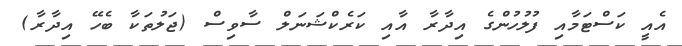
އެއީ ކަސްޓަމާއި ފުލުހުންގެ އިދާރާ އާއި ކަރެކްޝަނަލް ސާވިސް (ޖަލުތަކާ ބެހޭ އިދާރާ)